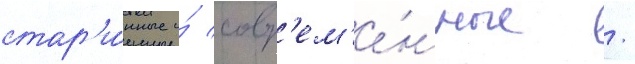
стар'и́нные и́ совр'ем'е́нные /